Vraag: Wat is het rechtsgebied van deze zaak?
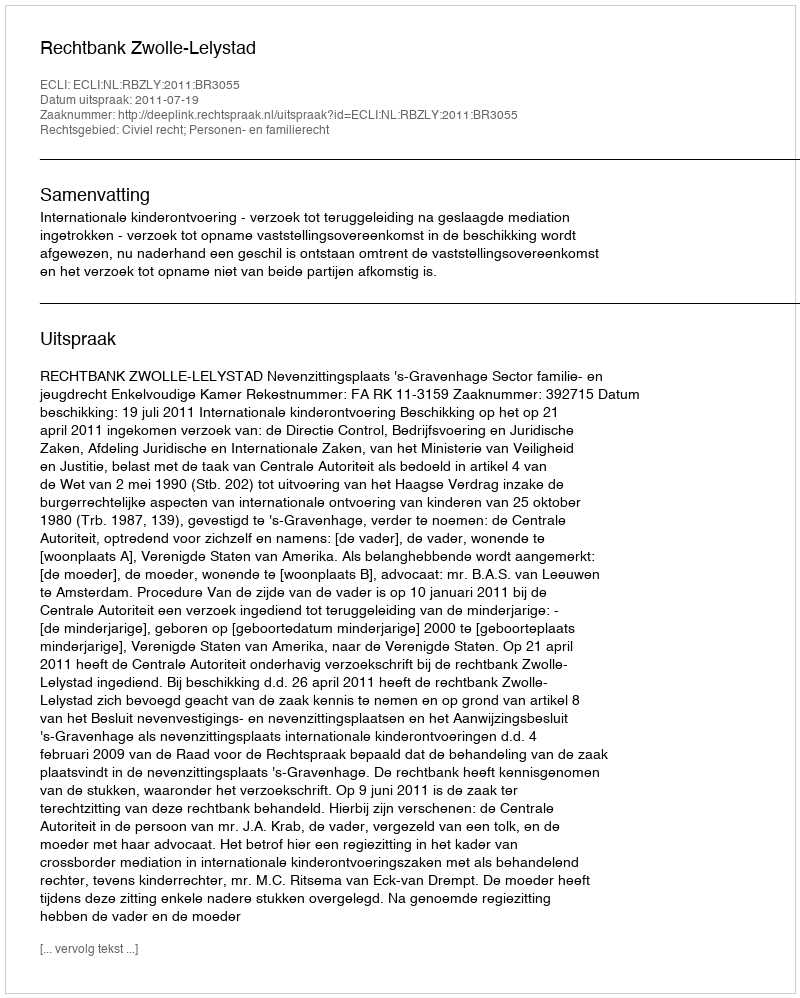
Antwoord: Civiel recht; Personen- en familierecht